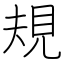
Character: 規